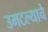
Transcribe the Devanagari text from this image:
उमटल्याचे